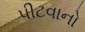
પીટવાનો